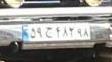
۵۹ج۴۸۲۹۸